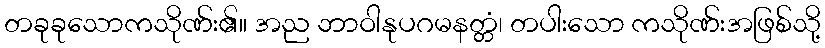
တခုခုသောကသိုဏ်း၏။ အည ဘာဝါနုပဂမနတ္တံ၊ တပါးသော ကသိုဏ်းအဖြစ်သို့